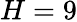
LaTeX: H=9